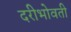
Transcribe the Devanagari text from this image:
दरीभोवती